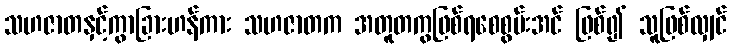
သဟဇာတနှင့်ကွာခြားဟန်ကား သဟဇာတက အတူတကွဖြစ်ရစေစွမ်းအင် ဖြစ်၍ သူဖြစ်လျှင်